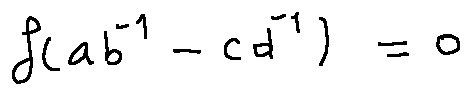
f ( a b ^ { - 1 } - c d ^ { - 1 } ) = 0